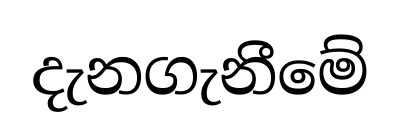
දැනගැනීමේ